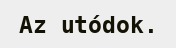
Az utódok.